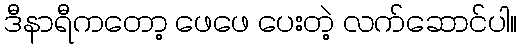
ဒီနာရီကတော့ ဖေဖေ ပေးတဲ့ လက်ဆောင်ပါ။